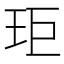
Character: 𭸾